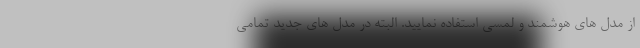
از مدل های هوشمند و لمسی استفاده نمایید. البته در مدل های جدید تمامی